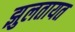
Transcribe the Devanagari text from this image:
झुलतायत